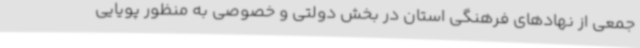
جمعی از نهادهای فرهنگی استان در بخش دولتی و خصوصی به منظور پویایی